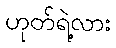
ဟုတ်ရဲ့လား